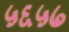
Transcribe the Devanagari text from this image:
५६५७